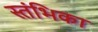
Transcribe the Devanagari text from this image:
स्तंभिका